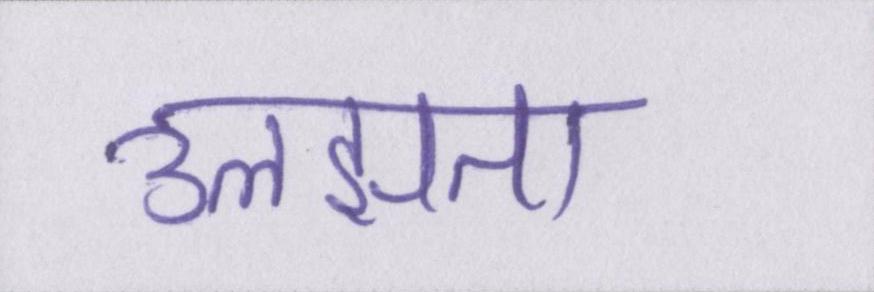
उलझता